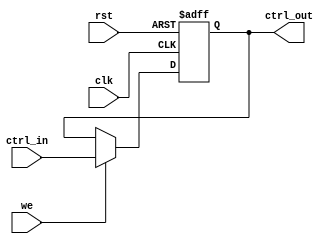
module ControlRegister (
    input wire clk,             // Clock signal
    input wire rst,             // Asynchronous reset signal
    input wire [N-1:0] ctrl_in, // Multi-bit input signal for control register
    input wire we,              // Write enable signal
    output reg [N-1:0] ctrl_out // Multi-bit output signal for control register
);
    parameter N = 8; // Define the size of the control register (N bits)

    // Asynchronous reset and synchronous write operations
    always @(posedge clk or posedge rst) begin
        if (rst) begin
            ctrl_out <= {N{1'b0}}; // Reset the control register to 0
        end else if (we) begin
            ctrl_out <= ctrl_in; // Capture control input on write enable
        end
        // If we is low, ctrl_out retains its previous value
    end
endmodule